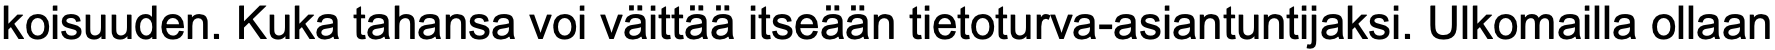
koisuuden. Kuka tahansa voi väittää itseään tietoturva-asiantuntijaksi. Ulkomailla ollaan